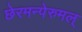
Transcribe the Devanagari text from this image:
छेरमन्पेरुमल्